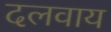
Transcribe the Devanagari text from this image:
दलवाय